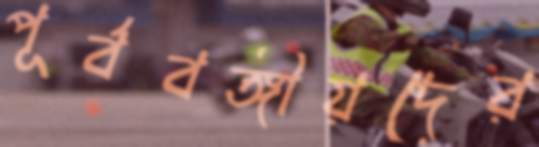
পূর্ববঙ্গীয়দের